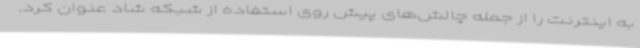
به اینترنت را از جمله چالش‌های پیش روی استفاده از شبکه شاد عنوان کرد.